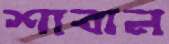
শাবান